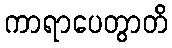
ကာရာပေတွာတိ